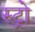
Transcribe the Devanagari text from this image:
स्ट्रो